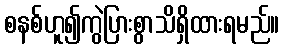
စနစ်ဟူ၍ကွဲပြားစွာသိရှိထားရမည်။